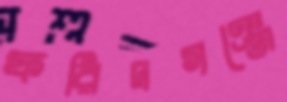
ফরিদগঞ্জে